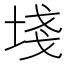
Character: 𡍌